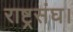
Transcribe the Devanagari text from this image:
राष्ट्रसंघ।